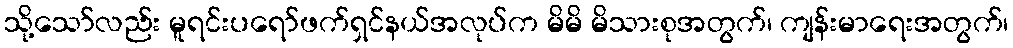
သို့သော်လည်း မူရင်းပရော်ဖက်ရှင်နယ်အလုပ်က မိမိ မိသားစုအတွက်၊ ကျန်းမာရေးအတွက်၊